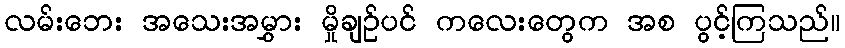
လမ်းဘေး အသေးအမွှား မှိုချဉ်ပင် ကလေးတွေက အစ ပွင့်ကြသည်။